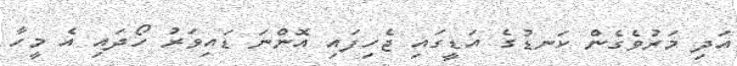
އަދި މަރުވެގެން ކަނޑުގެ އަޑީގައި ޖެހިފައި އޮންނަ ޑައިވަރު ހޯދައި އެ މީހާ